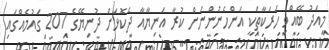
މިއަދު ބޭއްވި ހަރަކާތަކީ އަންހެނުންނަށް ކުރާ އަނިޔާއާ ދެކޮޅަށް ދުނިޔޭގެ 207 ގައުމެއްގައި